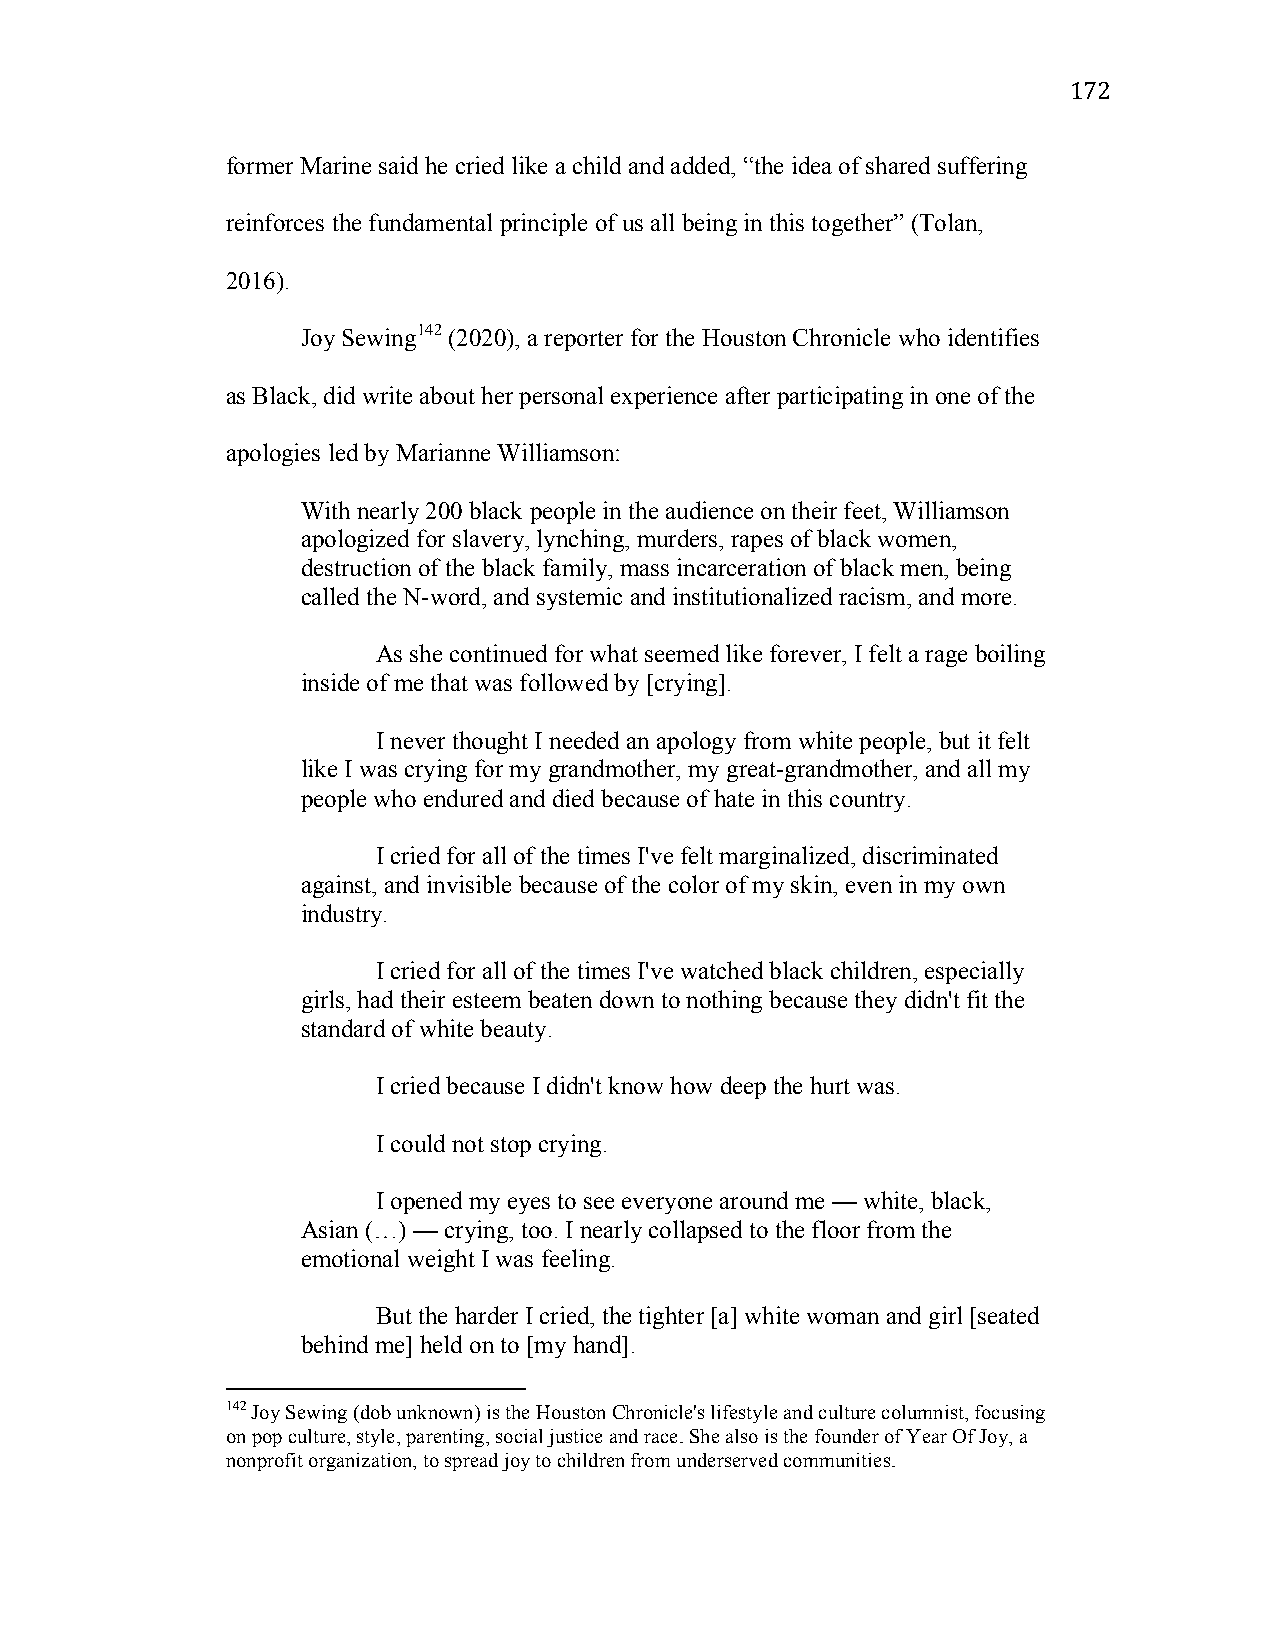
172
 former Marine said he cried like a child and added, “the idea of shared suffering
 reinforces the fundamental principle of us all being in this together” (Tolan,
 2016).
 Joy Sewing142 (2020), a reporter for the Houston Chronicle who identifies
 as Black, did write about her personal experience after participating in one of the
 apologies led by Marianne Williamson:
 With nearly 200 black people in the audience on their feet, Williamson
 apologized for slavery, lynching, murders, rapes of black women,
 destruction of the black family, mass incarceration of black men, being
 called the N-word, and systemic and institutionalized racism, and more.
 As she continued for what seemed like forever, I felt a rage boiling
 inside of me that was followed by [crying].
 I never thought I needed an apology from white people, but it felt
 like I was crying for my grandmother, my great-grandmother, and all my
 people who endured and died because of hate in this country.
 I cried for all of the times I've felt marginalized, discriminated
 against, and invisible because of the color of my skin, even in my own
 industry.
 I cried for all of the times I've watched black children, especially
 girls, had their esteem beaten down to nothing because they didn't fit the
 standard of white beauty.
 I cried because I didn't know how deep the hurt was.
 I could not stop crying.
 I opened my eyes to see everyone around me — white, black,
 Asian (…) — crying, too. I nearly collapsed to the floor from the
 emotional weight I was feeling.
 But the harder I cried, the tighter [a] white woman and girl [seated
 behind me] held on to [my hand].
 142 Joy Sewing (dob unknown) is the Houston Chronicle's lifestyle and culture columnist, focusing
 on pop culture, style, parenting, social justice and race. She also is the founder of Year Of Joy, a
 nonprofit organization, to spread joy to children from underserved communities.